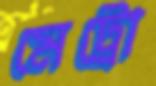
মেট্রো